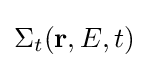
\Sigma _{t}(\mathbf {r} ,E,t)